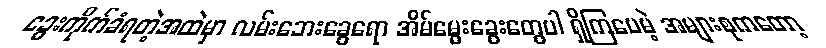
ခွေးကိုက်ခံရတဲ့အထဲမှာ လမ်းဘေးခွေရော အိမ်မွေးခွေးတွေပါ ရှိကြပေမဲ့ အများစုကတော့